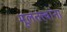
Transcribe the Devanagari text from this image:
मूलतत्त्वांना